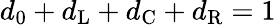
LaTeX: d_{0}+d_{\mathrm{L}}+d_{\mathrm{C}}+d_{\mathrm{R}}=1